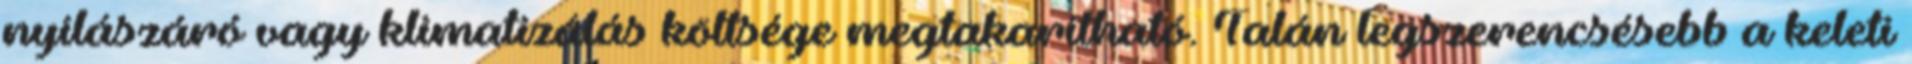
nyílászáró vagy klimatizálás költsége megtakarítható. Talán legszerencsésebb a keleti